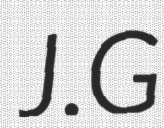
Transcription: J.G